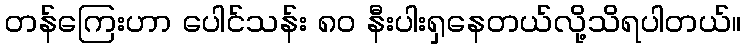
တန်ကြေးဟာ ပေါင်သန်း ၈၀ နီးပါးရှနေတယ်လို့သိရပါတယ်။